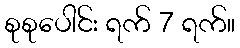
စုစုပေါင်း ရက် 7 ရက်။